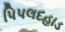
પિપલદહાડ